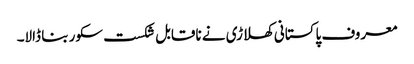
معروف پاکستانی کھلاڑی نے ناقابل شکست سکور بنا ڈالا۔